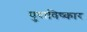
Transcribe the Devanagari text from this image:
पुराविष्कार